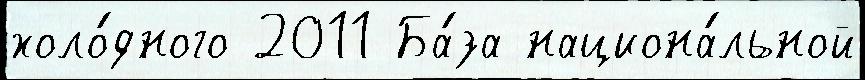
холо́дного 2011 Ба́за национа́льной